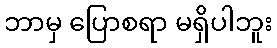
ဘာမှ ပြောစရာ မရှိပါဘူး